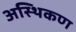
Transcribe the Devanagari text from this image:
अस्थिकण